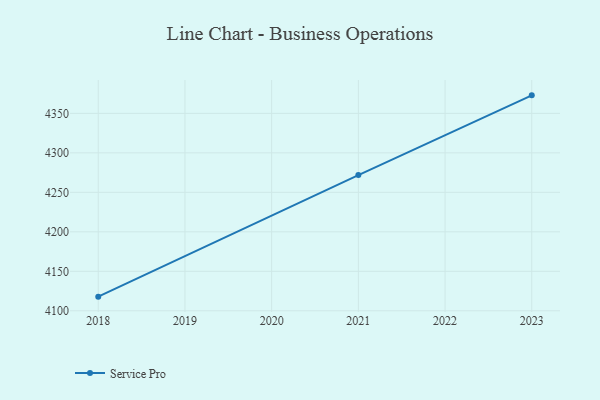
{"axis": {"x": "Year", "y": "Tickets Resolved"}, "legend": ["Service Pro"], "data": [{"x": "2023", "y": 4372.8, "type": "Service Pro"}, {"x": "2021", "y": 4271.8, "type": "Service Pro"}, {"x": "2018", "y": 4117.9, "type": "Service Pro"}]}